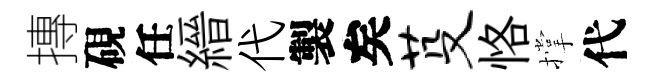
摶硯任縉代製矣芟恪撑代